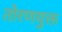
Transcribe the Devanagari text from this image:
तोरणयुक्त